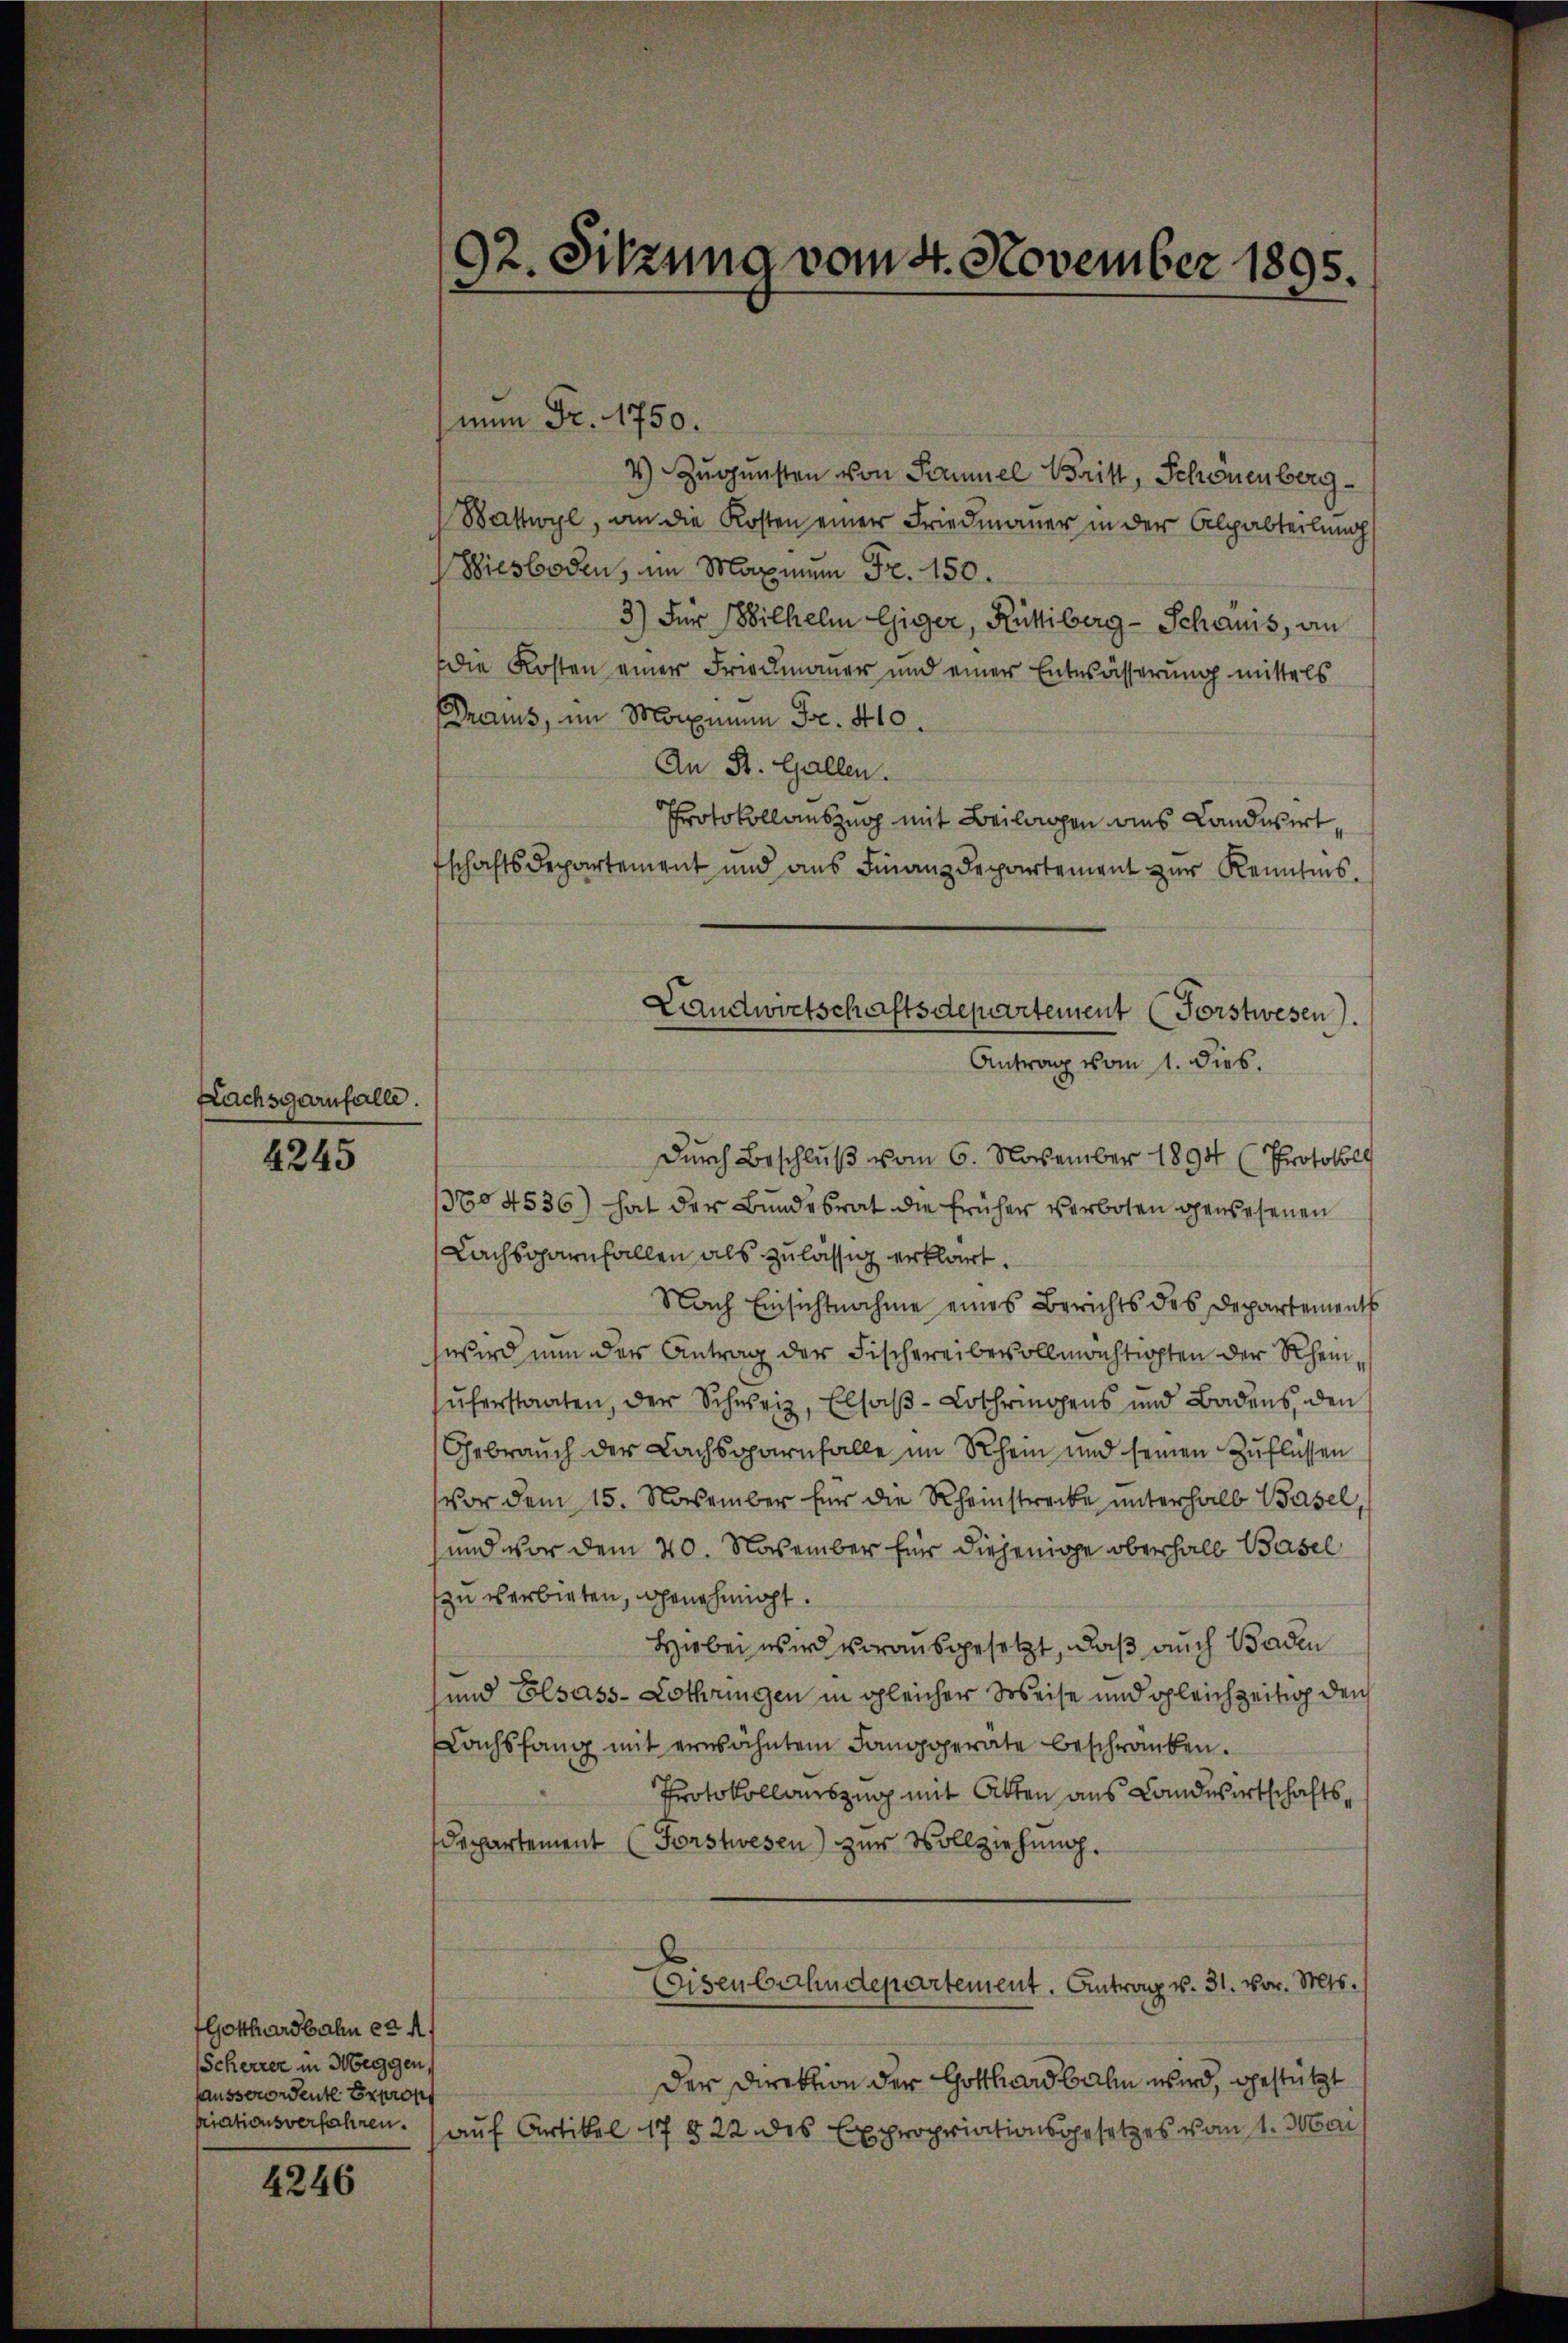
Nachsgarnfalle.

4245

4246

92. Sitzung vom 4. November 1895.

Gotthardbahn er A
Scherrer in Mengen,
ausserordente Expro
priationsverfahren.

num Fr. 1750.
4) Zugunsten von Samuel Britt, Schönenberg
Wattwyl, an die Kosten einer Friedmauer in der Alpabteilung
Wiesboden, im Maximum Fr. 150.
3.) Für Wilhelm Giger, Rütliberg-Schanis, an
die Kosten einer Friedmauer und einer Entwässerung mittels
hraus, im Morgen Fr. 410.
An St. Gallen.
Protokollauszug mit Beilagen aus Landwirt,
tschaftsdepartement und aus Finanzdepartement zur Kenntnis.
Durch Beschluß vom 6. November 1894 (Protokolls
3604536) hat der Bundesrat die früher verboten gewesenen
Lachsgarnfallen als zulässig erklärt.
Nach Einsichtnahme eines Berichts des Departements
wird nun der Antrag der Fischereibevollmächtigten der Rheinuferstaaten, der Schweiz, Elsaß-Lothringens und Badens, den
Gebrauch der Lachsoparnfalle im Rhein und seinen Zuflüssen
vor dem 15. November für die Rheinstrecke unterhalb Basel,
und vor dem 20. November für diejenige Oberhalb Basel
zu verbieten, genehmigt.
Hiebei wird vorausgesetzt, daß auch Baden
und Elsass-Lothringen in gleicher Weise und gleichzeitig den
Nachsfang mit erwähnten Janggerate beschränken.
Protokollauszug mit Atten aus Landwirtschaftsdepartement (Forstwesen) zur Vollziehung.
(Eisenbahndepartement. Antrag v. 31. vor. Mts.
Der Direktion der Gotthardbahn wird, gestützt
auf Artikel 17 § 22 des Expropriationsgesetzes vom 1. Mai

Landwirtschaftsdepartement (Forstwesen.
Antrag vom 1. dies.